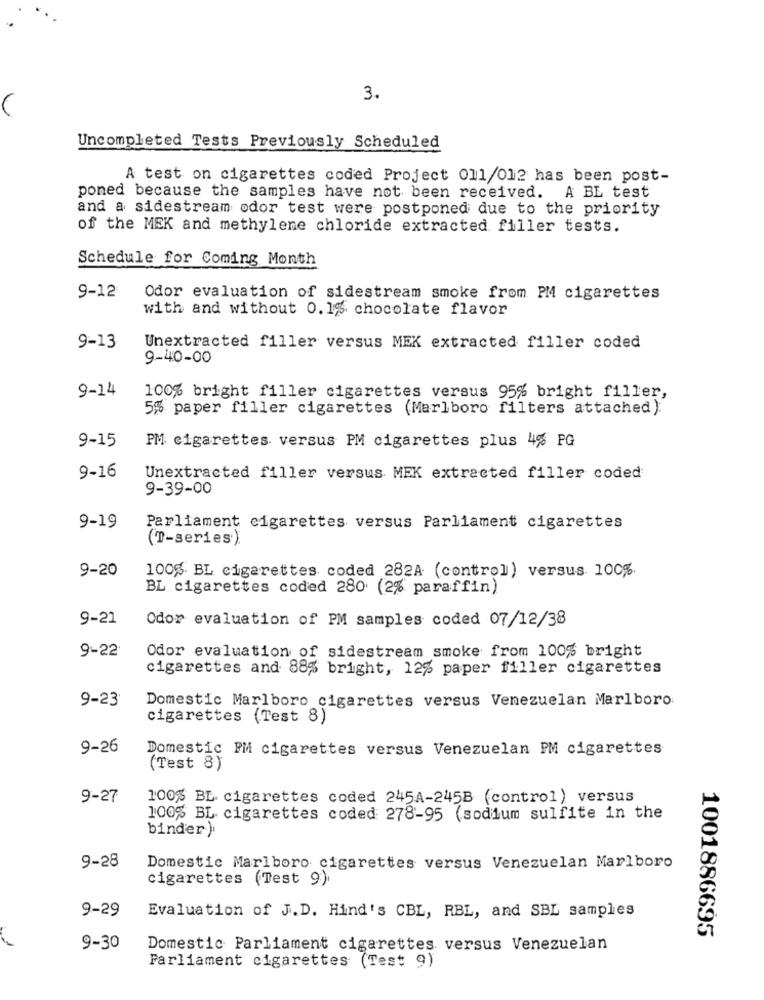
3.
Uncompleted Tests Previously Scheduled
A test on cigarettes coded Project 011/012 has been post-
poned because the samples have not been received. A BL test
and a sidestream odor test were postponed due to the priority
of the MEK and methylene chloride extracted filler tests.
Schedule for Coming Month
9-12
Odor evaluation of sidestream smoke from PM cigarettes
with and without 0. 16 chocolate flavor
9-13
Unextracted filler versus MEK extracted filler coded
9-40-00
9-14
100% bright filler cigarettes versus 95% bright filler,
5% paper filler cigarettes (Marlboro filters attached):
9-15
PM cigarettes versus PM cigarettes plus 4% PG
9-16
Unextracted filler versus MEK extracted filler coded
9-39-00
9-19
Parliament cigarettes versus Parliament cigarettes
(T-series).
9-20
100g BL cigarettes coded 282A (control) versus 100%.
BL cigarettes coded 280 (2% paraffin)
9-21
Odor evaluation of PM samples coded 07/12/38
9-22
Odor evaluation of sidestream smoke from 100% bright
cigarettes and 88% bright, 12% paper filler cigarettes
9-23
Domestic Marlboro cigarettes versus Venezuelan Marlboro
cigarettes (Test 8)
9-26
Domestic PMi cigarettes versus Venezuelan PM cigarettes
(Test 8)
9-27
100% BL cigarettes coded 245A-245B (control) versus
100% BL cigarettes coded 278-95 (sodium sulfite in the
binder)
9-28
Domestic Marlboro cigarettes versus Venezuelan Marlboro
cigarettes (Test 9)
9-29
Evaluation of J.D. Hind's CBL, RBL, and SBL samples
1001886695
9-30
Domestic Parliament cigarettes versus Venezuelan
Parliament cigarettes (Test 9)